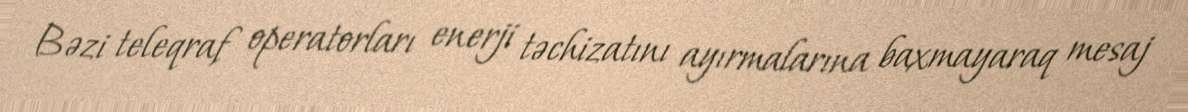
Bəzi teleqraf operatorları enerji təchizatını ayırmalarına baxmayaraq mesaj